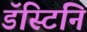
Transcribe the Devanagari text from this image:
डॅस्टिनि